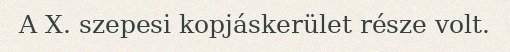
A X. szepesi kopjáskerület része volt.